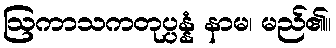
ဩကာသကတုပ္ပန္နံ နာမ၊ မည်၏။